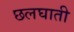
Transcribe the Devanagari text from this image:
छलघाती